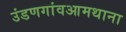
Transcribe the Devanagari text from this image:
उंडणगांवआमथाना